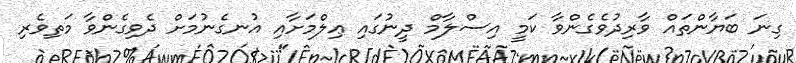
ގިނަ ބަޔާންތައް ވާރިދުވެގެންވާ ކަމީ އިސްލާމް ދީނުގައި ޢިލްމަށާއި އުނގެނުމަށް ދެވިގެންވާ މަތިވެރި